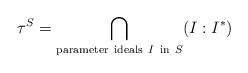
LaTeX: \begin{align*}\tau^S=\bigcap_{{\rm parameter\ ideals\ }I\ {\rm in\ }S}(I:I^*)\end{align*}